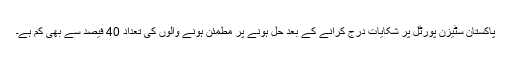
پاکستان سٹیزن پورٹل پر شکایات درج کرانے کے بعد حل ہونے پر مطمئن ہونے والوں کی تعداد 40 فیصد سے بھی کم ہے۔